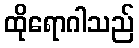
ထိုရောဂါသည်